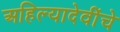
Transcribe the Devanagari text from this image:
अहिल्यादेवींचे